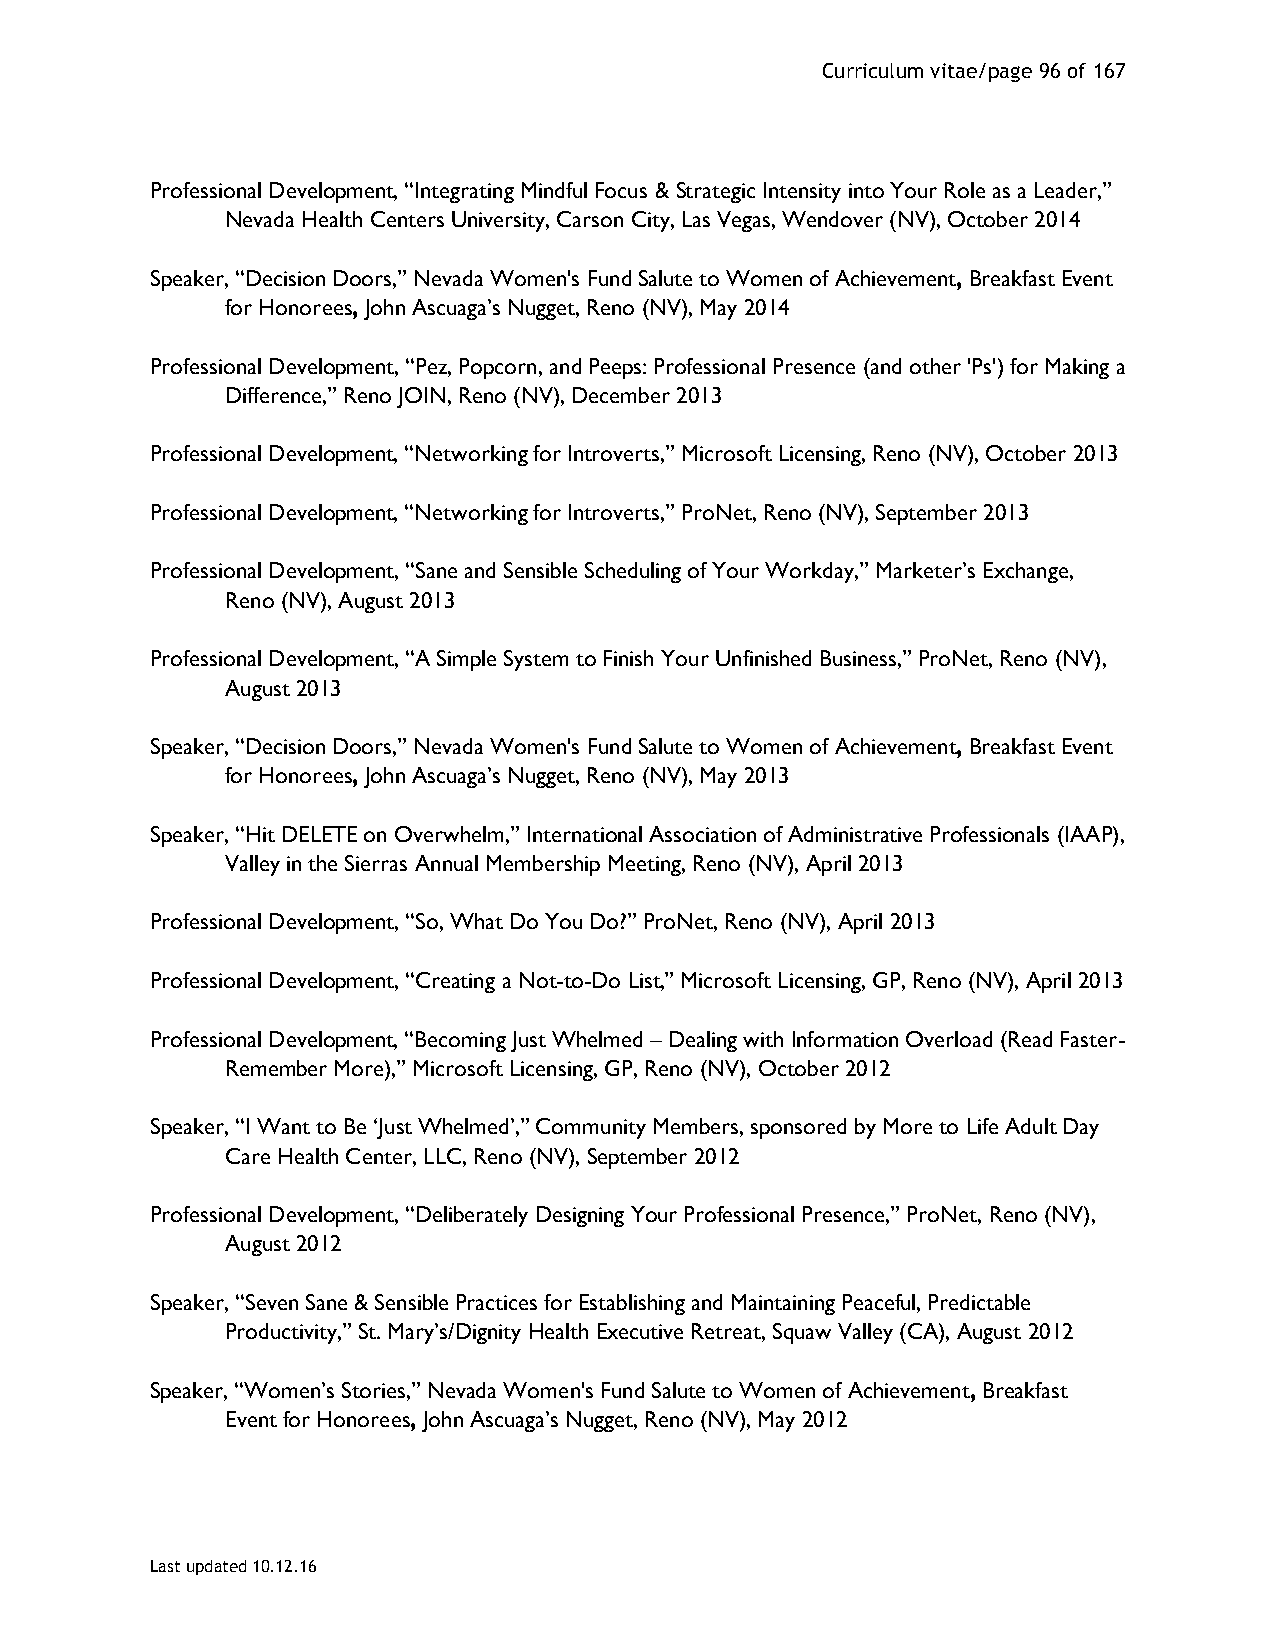
Curriculum vitae/page 96 of 167
 Professional Development, “Integrating Mindful Focus & Strategic Intensity into Your Role as a Leader,”
 Nevada Health Centers University, Carson City, Las Vegas, Wendover (NV), October 2014
 Speaker, “Decision Doors,” Nevada Women's Fund Salute to Women of Achievement, Breakfast Event
 for Honorees, John Ascuaga’s Nugget, Reno (NV), May 2014
 Professional Development, “Pez, Popcorn, and Peeps: Professional Presence (and other 'Ps') for Making a
 Difference,” Reno JOIN, Reno (NV), December 2013
 Professional Development, “Networking for Introverts,” Microsoft Licensing, Reno (NV), October 2013
 Professional Development, “Networking for Introverts,” ProNet, Reno (NV), September 2013
 Professional Development, “Sane and Sensible Scheduling of Your Workday,” Marketer’s Exchange,
 Reno (NV), August 2013
 Professional Development, “A Simple System to Finish Your Unfinished Business,” ProNet, Reno (NV),
 August 2013
 Speaker, “Decision Doors,” Nevada Women's Fund Salute to Women of Achievement, Breakfast Event
 for Honorees, John Ascuaga’s Nugget, Reno (NV), May 2013
 Speaker, “Hit DELETE on Overwhelm,” International Association of Administrative Professionals (IAAP),
 Valley in the Sierras Annual Membership Meeting, Reno (NV), April 2013
 Professional Development, “So, What Do You Do?” ProNet, Reno (NV), April 2013
 Professional Development, “Creating a Not-to-Do List,” Microsoft Licensing, GP, Reno (NV), April 2013
 Professional Development, “Becoming Just Whelmed – Dealing with Information Overload (Read Faster-
 Remember More),” Microsoft Licensing, GP, Reno (NV), October 2012
 Speaker, “I Want to Be ‘Just Whelmed’,” Community Members, sponsored by More to Life Adult Day
 Care Health Center, LLC, Reno (NV), September 2012
 Professional Development, “Deliberately Designing Your Professional Presence,” ProNet, Reno (NV),
 August 2012
 Speaker, “Seven Sane & Sensible Practices for Establishing and Maintaining Peaceful, Predictable
 Productivity,” St. Mary’s/Dignity Health Executive Retreat, Squaw Valley (CA), August 2012
 Speaker, “Women’s Stories,” Nevada Women's Fund Salute to Women of Achievement, Breakfast
 Event for Honorees, John Ascuaga’s Nugget, Reno (NV), May 2012
 Last updated 10.12.16